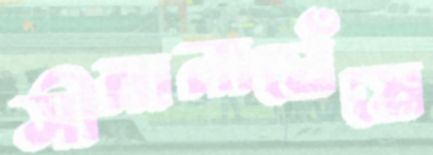
সীমানাঘেঁষে